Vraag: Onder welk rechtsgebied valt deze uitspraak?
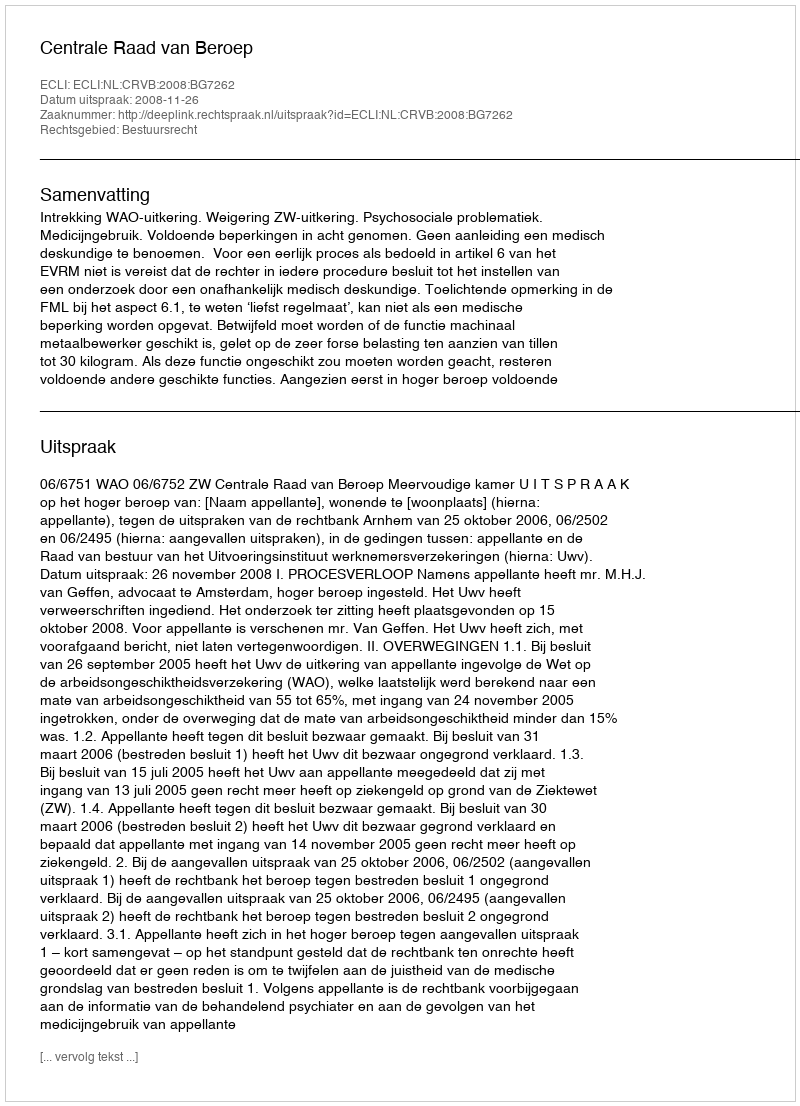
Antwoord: Bestuursrecht